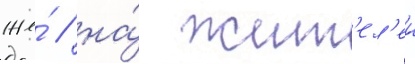
же́ / на́ жит'ел'еи